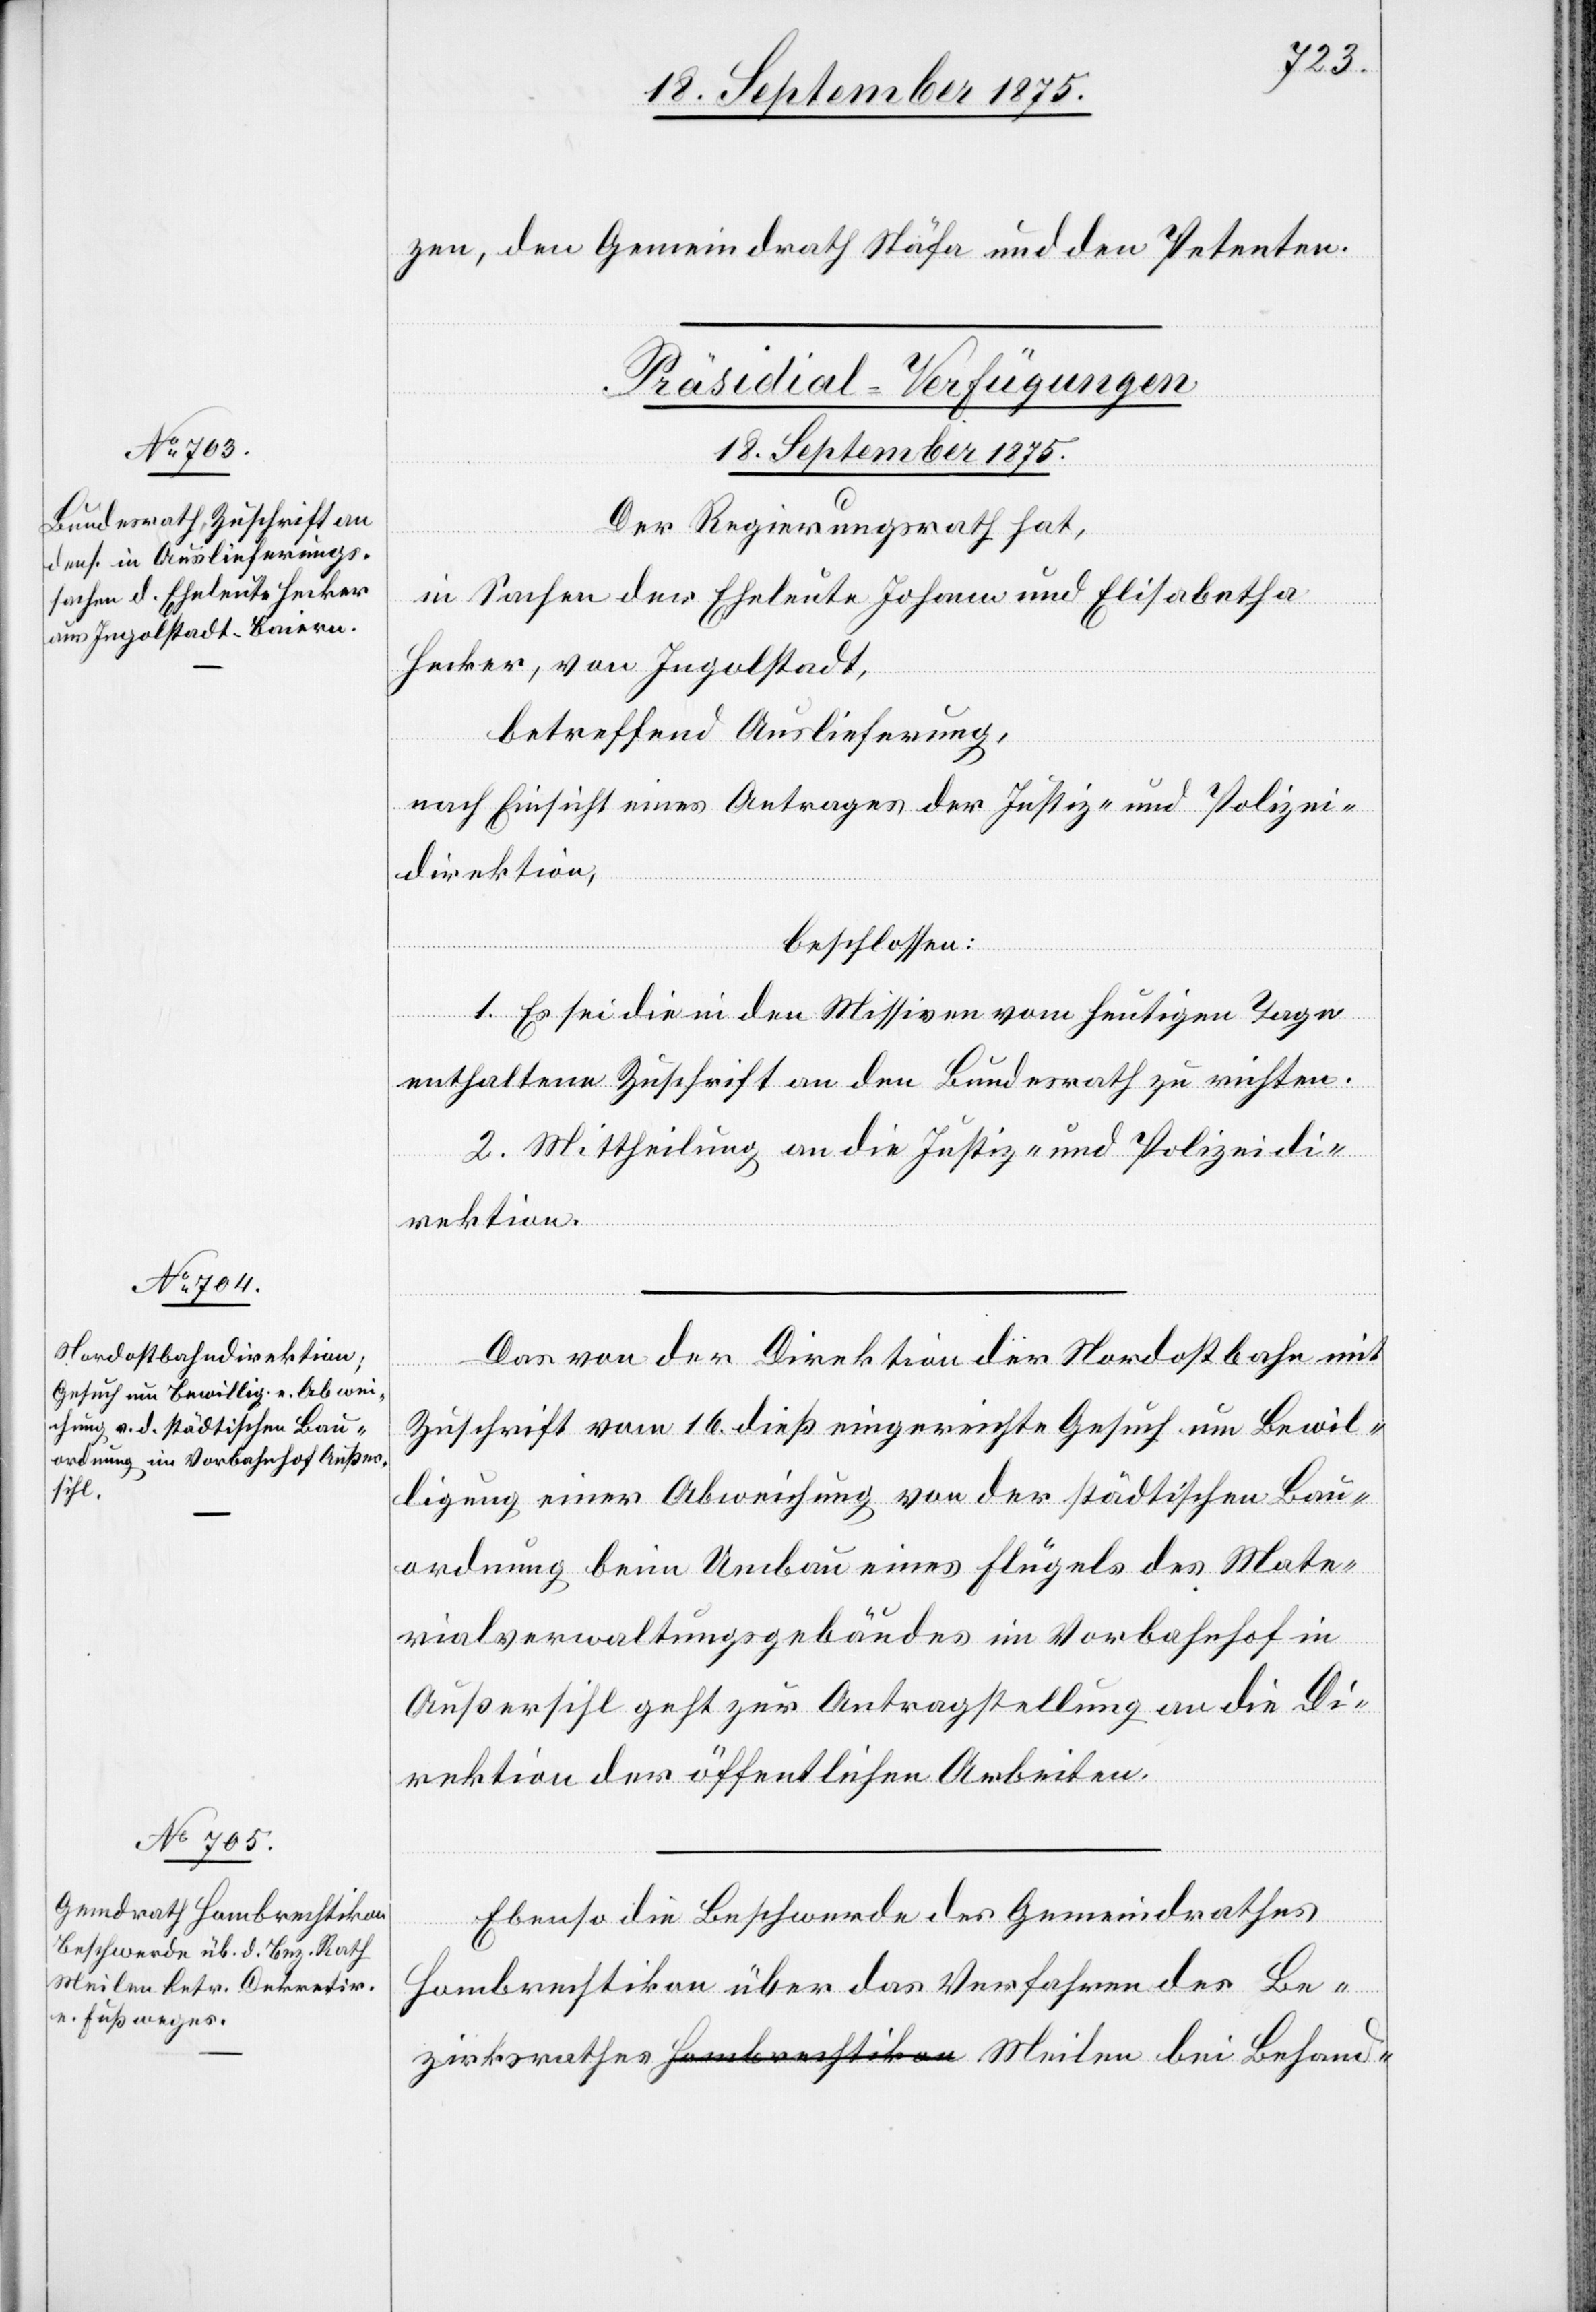
18. September 1875.]
zen, den Gemeindrath Stäfa und den Petenten.
[Präsidial-Verfügungen.
Der Regierungsrath hat,
in Sachen der Eheleute Johann und Elisabetha
Hecker, von Ingolstadt,
betreffend Auslieferung,
nach Einsicht eines Antrages der Justiz- und Polizei¬
direktion,
beschlossen:
1. Es sei die in den Missiven vom heutigen Tage
enthaltene Zuschrift an den Bundesrath zu richten.
2. Mittheilung an die Justiz- und Polizeidi¬
rektion.
Das von der Direktion der Nordostbahn mit
Behand-
Zuschrift vom 16. dieß eingereichte Gesuch um Bewil¬
ligung einer Abweichung von der städtischen Bau¬
ordnung beim Umbau eines Flügels des Mate¬
rialverwaltungsgebäudes im Vorbahnhof in
Außersihl geht zur Antragstellung an die Di¬
rektion der öffentlichen Arbeiten.
Ebenso die Beschwerde des Gemeindrathes
Hombrechtikon über das Verfahren des Be¬